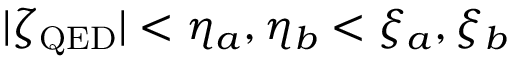
| \zeta _ { \mathrm { Q E D } } | < \eta _ { a } , \eta _ { b } < \xi _ { a } , \xi _ { b }